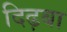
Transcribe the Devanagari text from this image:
दिढ़बा